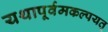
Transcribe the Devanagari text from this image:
यथापूर्वमकल्पयत्